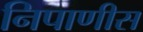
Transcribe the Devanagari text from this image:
निपाणीस